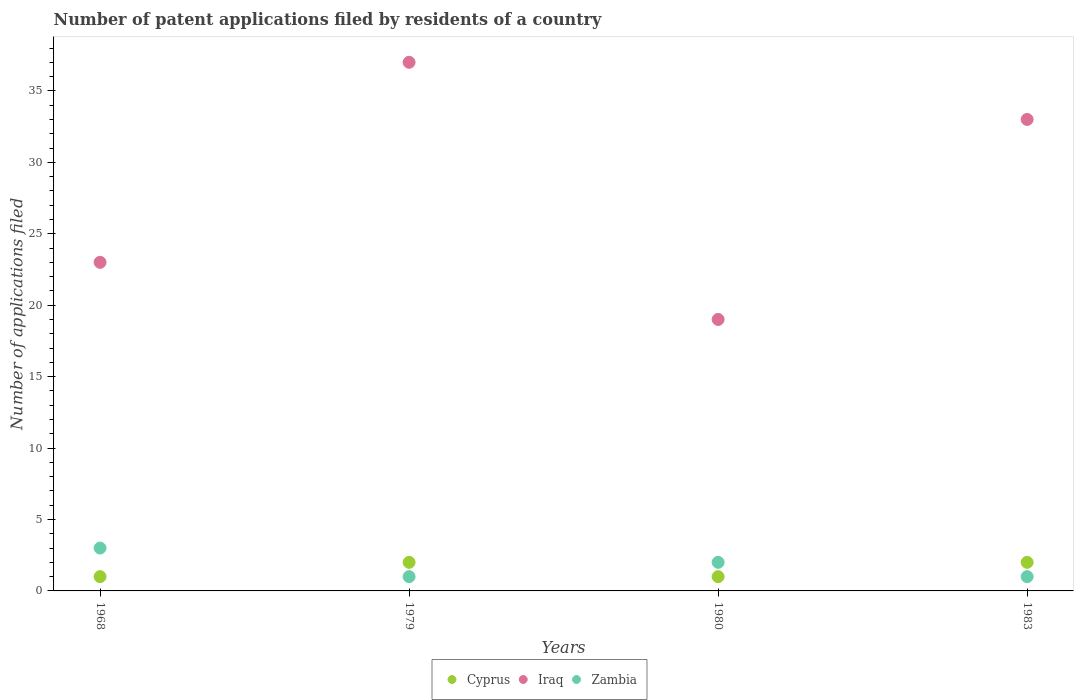
| Years | Cyprus | Iraq | Zambia |
 | --- | --- | --- | --- |
 | 1968 | 1 | 23 | 3 |
 | 1979 | 2 | 37 | 1 |
 | 1980 | 1 | 19 | 2 |
 | 1983 | 2 | 33 | 1 |